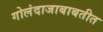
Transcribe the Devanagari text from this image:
गोलंदाजाबाबतीत